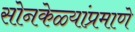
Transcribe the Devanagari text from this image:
सोनकेळ्यांप्रमाणे